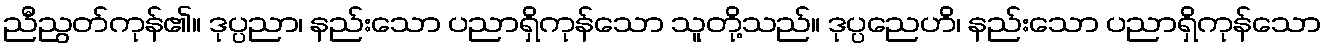
ညီညွတ်ကုန်၏။ ဒုပ္ပညာ၊ နည်းသော ပညာရှိကုန်သော သူတို့သည်။ ဒုပ္ပညေဟိ၊ နည်းသော ပညာရှိကုန်သော